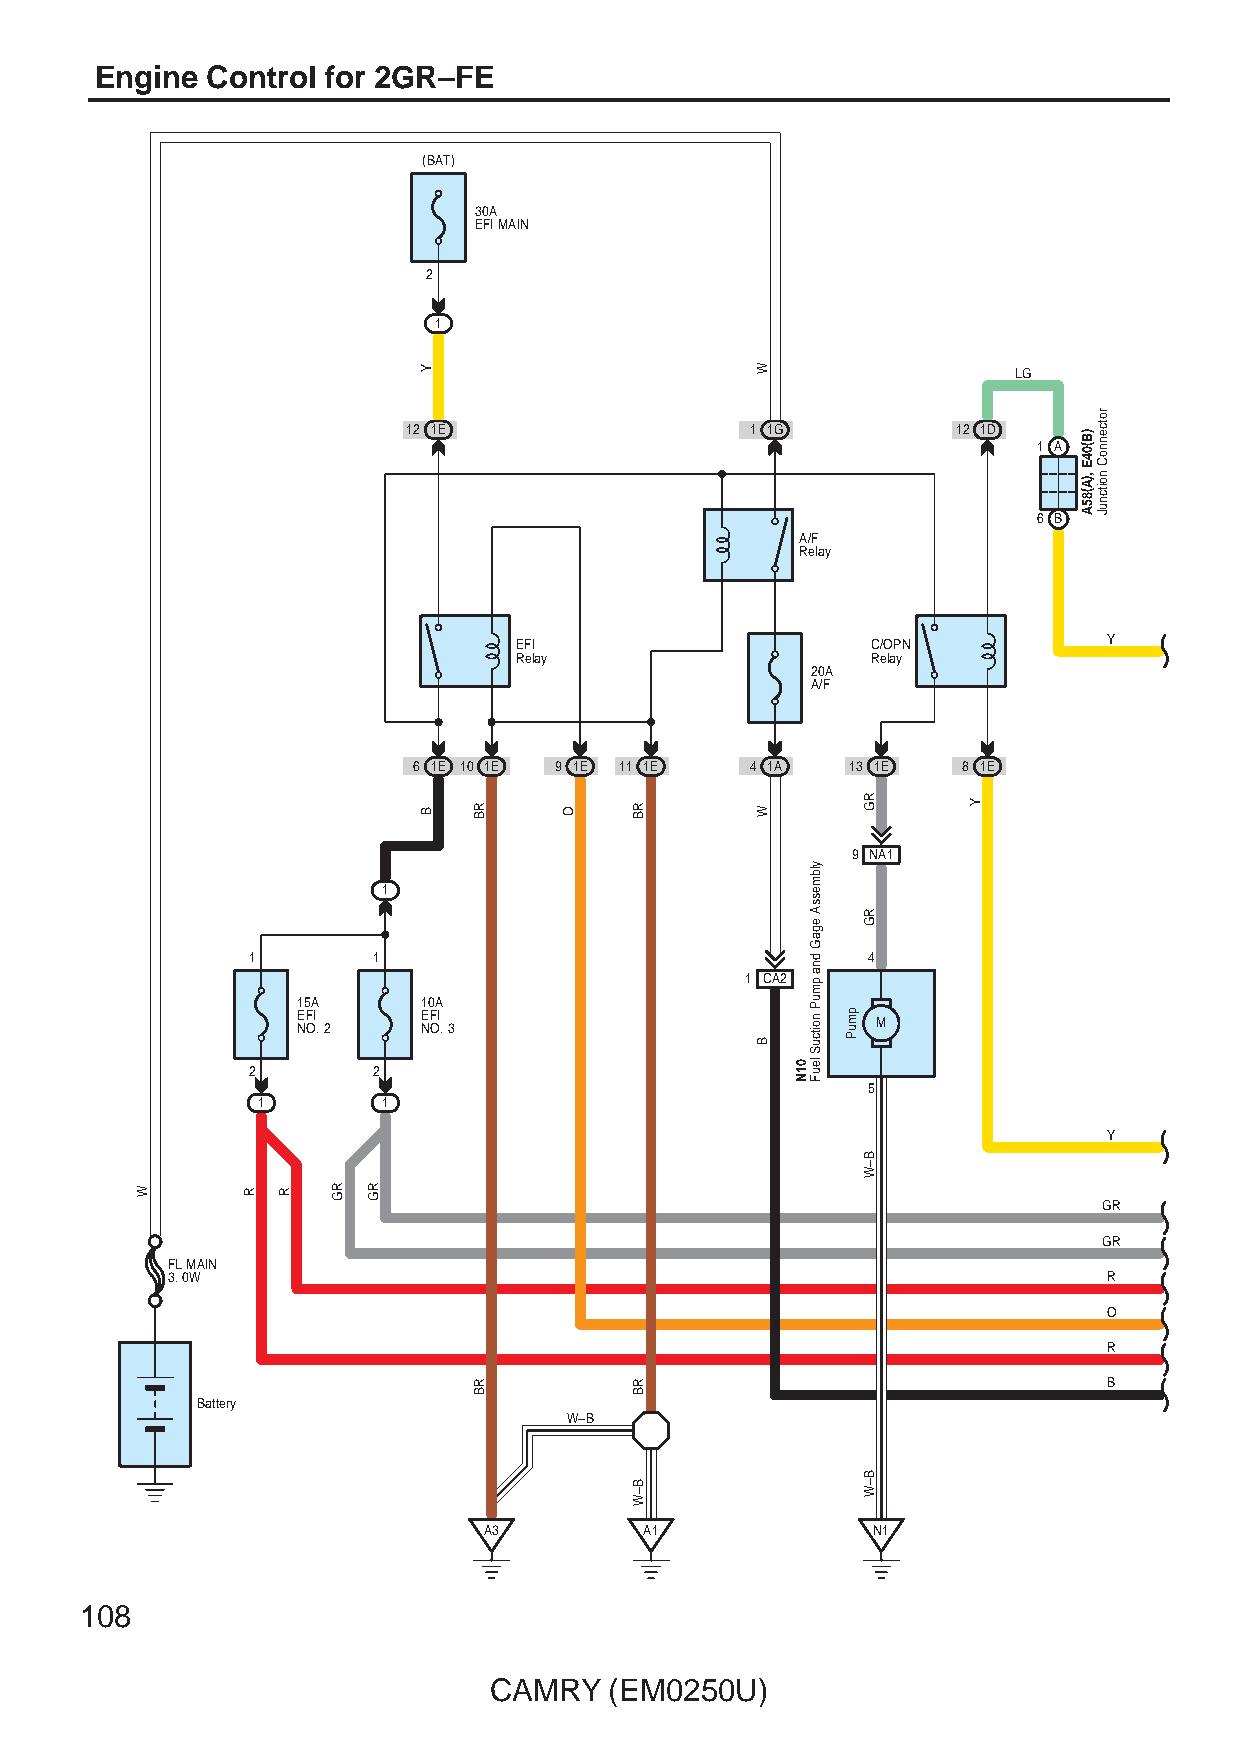
Engine  Control for 2GR–FE
 (BAT)
 30A
 EFI MAIN
 2
 1
 LG
 12 1E                  1 1G         12 1D
 1 A
 6 B
 A/F
 Relay
 EFI                     C/OPN          Y
 Relay                   Relay
 20A
 A/F
 6 1E 10 1E 9 1E 11 1E  4 1A  13 1E   8 1E
 9 NA1
 1
 1        1                               4
 1 CA2
 15A     10A
 EFI     EFI NO. 2 NO. 3               M
 2        2
 5
 1       1
 Y
 GR
 GR
 FL MAIN
 3. 0W                                                         R
 O
 R
 B
 Battery
 W–B
 A3         A1             N1
 108
 CAMRY   (EM0250U)
 W      R R   RG RG
 Y
 B  RB
 RB
 O    RB
 RB
 B–W
 W
 W
 B
 01N
 ylbmessA
 egaG
 dna
 pmuP
 noitcuS
 leuF
 pmuP
 RG
 RG
 B–W
 B–W
 Y
 )B(04E
 ,)A(85A
 rotcennoC
 noitcnuJ